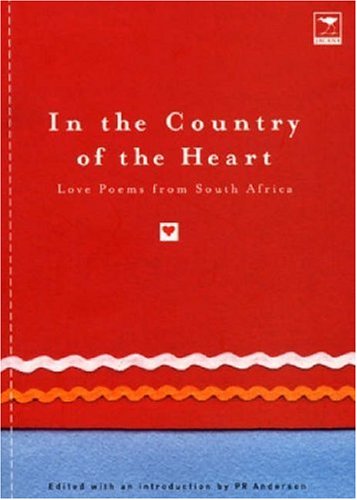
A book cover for In the Country of the Heart: Love Poems from South Africa; Literature & Fiction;